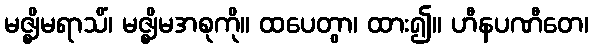
မဇ္ဈိမရာသိံ၊ မဇ္ဈိမအစုကို။ ထပေတွာ၊ ထား၍။ ဟီနပဏီတေ၊